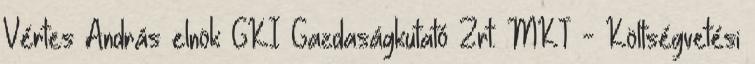
Vértes András elnök GKI Gazdaságkutató Zrt. MKT - Költségvetési